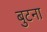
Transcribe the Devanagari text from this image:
बुटना